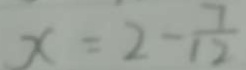
x = 2 - \frac { 7 } { 1 2 }